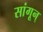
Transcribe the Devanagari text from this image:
सांगून्